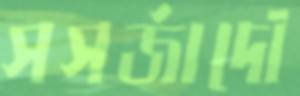
সসর্জাদৌ